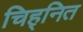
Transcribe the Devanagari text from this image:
चिह्‌नित